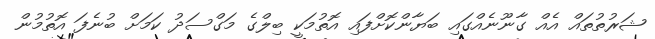
ޝަރުތުތައް އެއް ގާނޫނެއްގައި ބަޔާންކޮށްފައި އޮތުމަކީ ބިލްގެ މަގްސަދު ކަމަށް ބުނެފަ އޮތުމުން